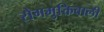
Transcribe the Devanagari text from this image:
रोगमुक्तिवाली